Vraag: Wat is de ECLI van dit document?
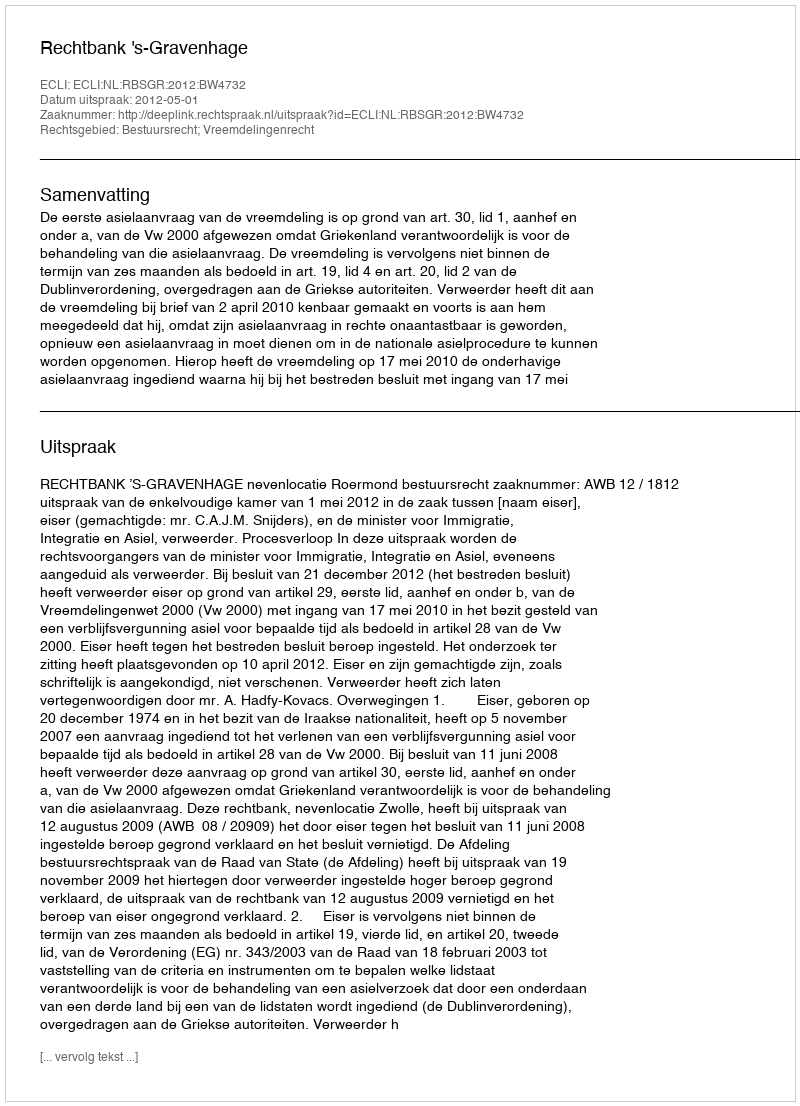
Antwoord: ECLI:NL:RBSGR:2012:BW4732